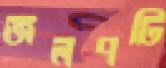
জলপটি